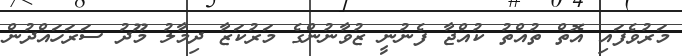
މަރުވެފައި އޮތް ތުއްތު ކުއްޖާ ފެނުނީ ޒުވާނުންގެ މަރުކަޒާ ދިމާލު މޫދު ސަރަހައްދުން